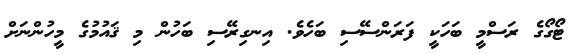
ޓޯގޯގެ ރަސްމީ ބަހަކީ ފަރަންސޭސި ބަހެވެ. އިނގިރޭސި ބަހުން މި ޤައުމުގެ މީހުންނަށް